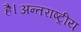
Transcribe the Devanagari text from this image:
है।अन्तराष्ट्रीय